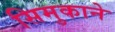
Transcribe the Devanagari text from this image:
सिमुकाने